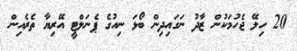
20 ހިލޭ ޖެހުމަކުން ޒާދު ނަގައިދިން ބޯޅަ ނިއުގެ ޕެނަލްޓީ އޭރިޔާ ތެރެއިން